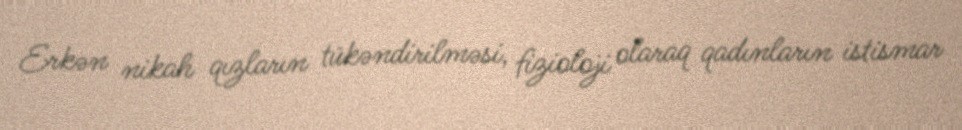
Erkən nikah qızların tükəndirilməsi, fizioloji olaraq qadınların istismar